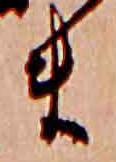
ま